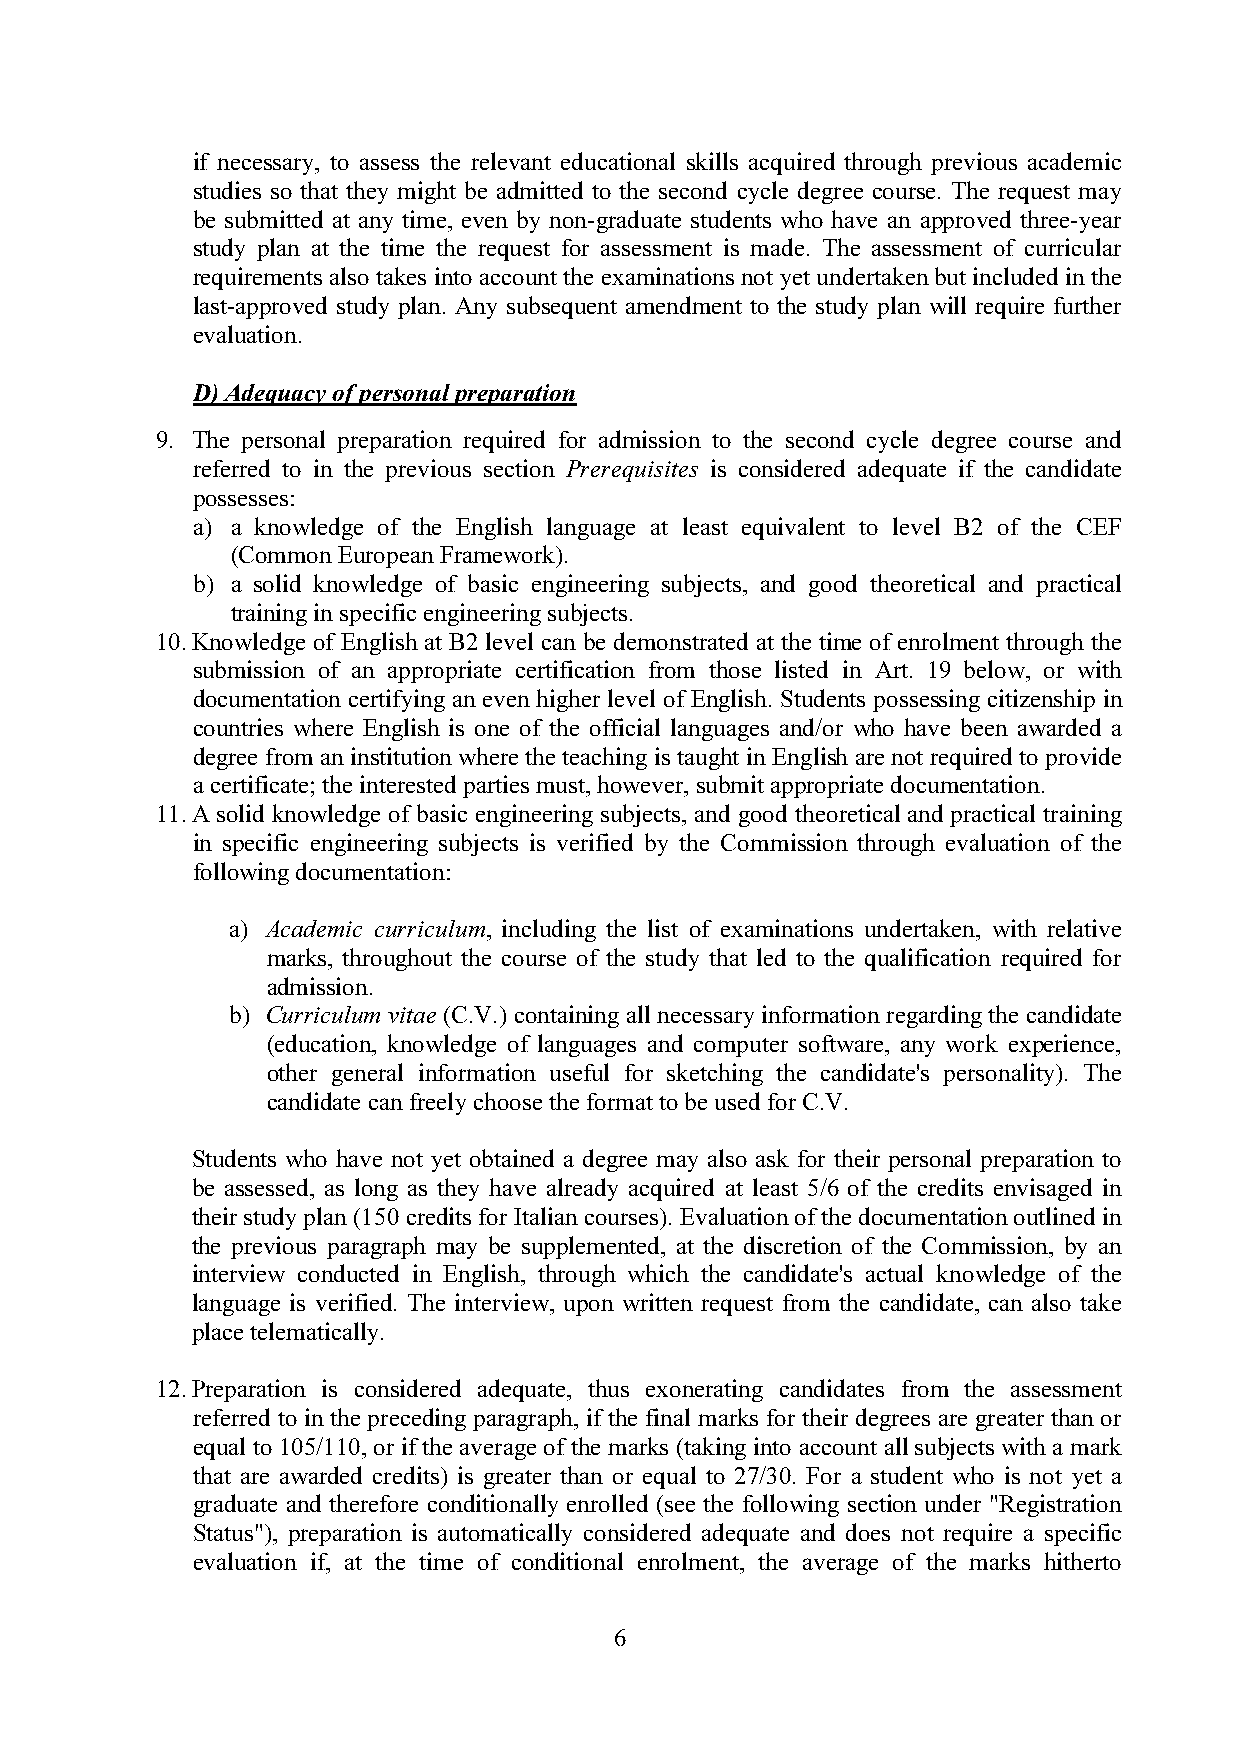
if necessary, to assess the relevant educational skills acquired through previous academic
 studies so that they might be admitted to the second cycle degree course. The request may
 be submitted at any time, even by non-graduate students who have an approved three-year
 study plan at the time the request for assessment is made. The assessment of curricular
 requirements also takes into account the examinations not yet undertaken but included in the
 last-approved study plan. Any subsequent amendment to the study plan will require further
 evaluation.
 D) Adequacy of personal preparation
 9. The personal preparation required for admission to the second cycle degree course and
 referred to in the previous section Prerequisites is considered adequate if the candidate
 possesses:
 a) a knowledge of the English language at least equivalent to level B2 of the CEF
 (Common European Framework).
 b) a solid knowledge of basic engineering subjects, and good theoretical and practical
 training in specific engineering subjects.
 10. Knowledge of English at B2 level can be demonstrated at the time of enrolment through the
 submission of an appropriate certification from those listed in Art. 19 below, or with
 documentation certifying an even higher level of English. Students possessing citizenship in
 countries where English is one of the official languages and/or who have been awarded a
 degree from an institution where the teaching is taught in English are not required to provide
 a certificate; the interested parties must, however, submit appropriate documentation.
 11. A solid knowledge of basic engineering subjects, and good theoretical and practical training
 in specific engineering subjects is verified by the Commission through evaluation of the
 following documentation:
 a) Academic curriculum, including the list of examinations undertaken, with relative
 marks, throughout the course of the study that led to the qualification required for
 admission.
 b) Curriculum vitae (C.V.) containing all necessary information regarding the candidate
 (education, knowledge of languages and computer software, any work experience,
 other general information useful for sketching the candidate's personality). The
 candidate can freely choose the format to be used for C.V.
 Students who have not yet obtained a degree may also ask for their personal preparation to
 be assessed, as long as they have already acquired at least 5/6 of the credits envisaged in
 their study plan (150 credits for Italian courses). Evaluation of the documentation outlined in
 the previous paragraph may be supplemented, at the discretion of the Commission, by an
 interview conducted in English, through which the candidate's actual knowledge of the
 language is verified. The interview, upon written request from the candidate, can also take
 place telematically.
 12. Preparation is considered adequate, thus exonerating candidates from the assessment
 referred to in the preceding paragraph, if the final marks for their degrees are greater than or
 equal to 105/110, or if the average of the marks (taking into account all subjects with a mark
 that are awarded credits) is greater than or equal to 27/30. For a student who is not yet a
 graduate and therefore conditionally enrolled (see the following section under "Registration
 Status"), preparation is automatically considered adequate and does not require a specific
 evaluation if, at the time of conditional enrolment, the average of the marks hitherto
 6